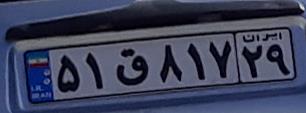
۵۱ق۸۱۷۲۹